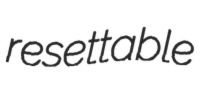
resettable